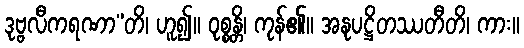
ဒုဗ္ဗလီကရဏာ”တိ၊ ဟူ၍။ ဝုစ္စန္တိ၊ ကုန်၏။ အနုပဋ္ဌိတဿတီတိ၊ ကား။